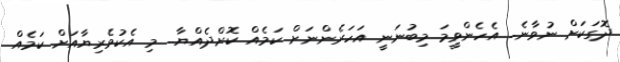
ދޮގަކަށް ނުވާނެ.. އެހެންވީމަ މިބުނަނީ އަހަރެންނަށް ކަމެއް ކޮށްދެއްޔާ.. މި އެކުވެރިޔާއަށް ކަމެއް